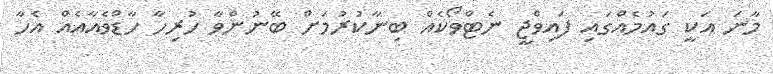
މާނަ އަކީ ގައުމެއްގައި ފައިވްޖީ ނެޓްވޯކެއް ބިނާކުރުމަށް ބޭނުންވާ ހުރިހާ ހާޑްވެއާއެއް އެހާ